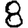
Digit: 8